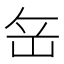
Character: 𡶠